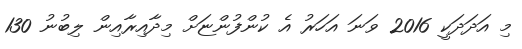
މި އަދަދަކީ 2016 ވަނަ އަހަރު އެ ކުންފުންޏަށް މިދާއިރާއިން ލިބުނު 130